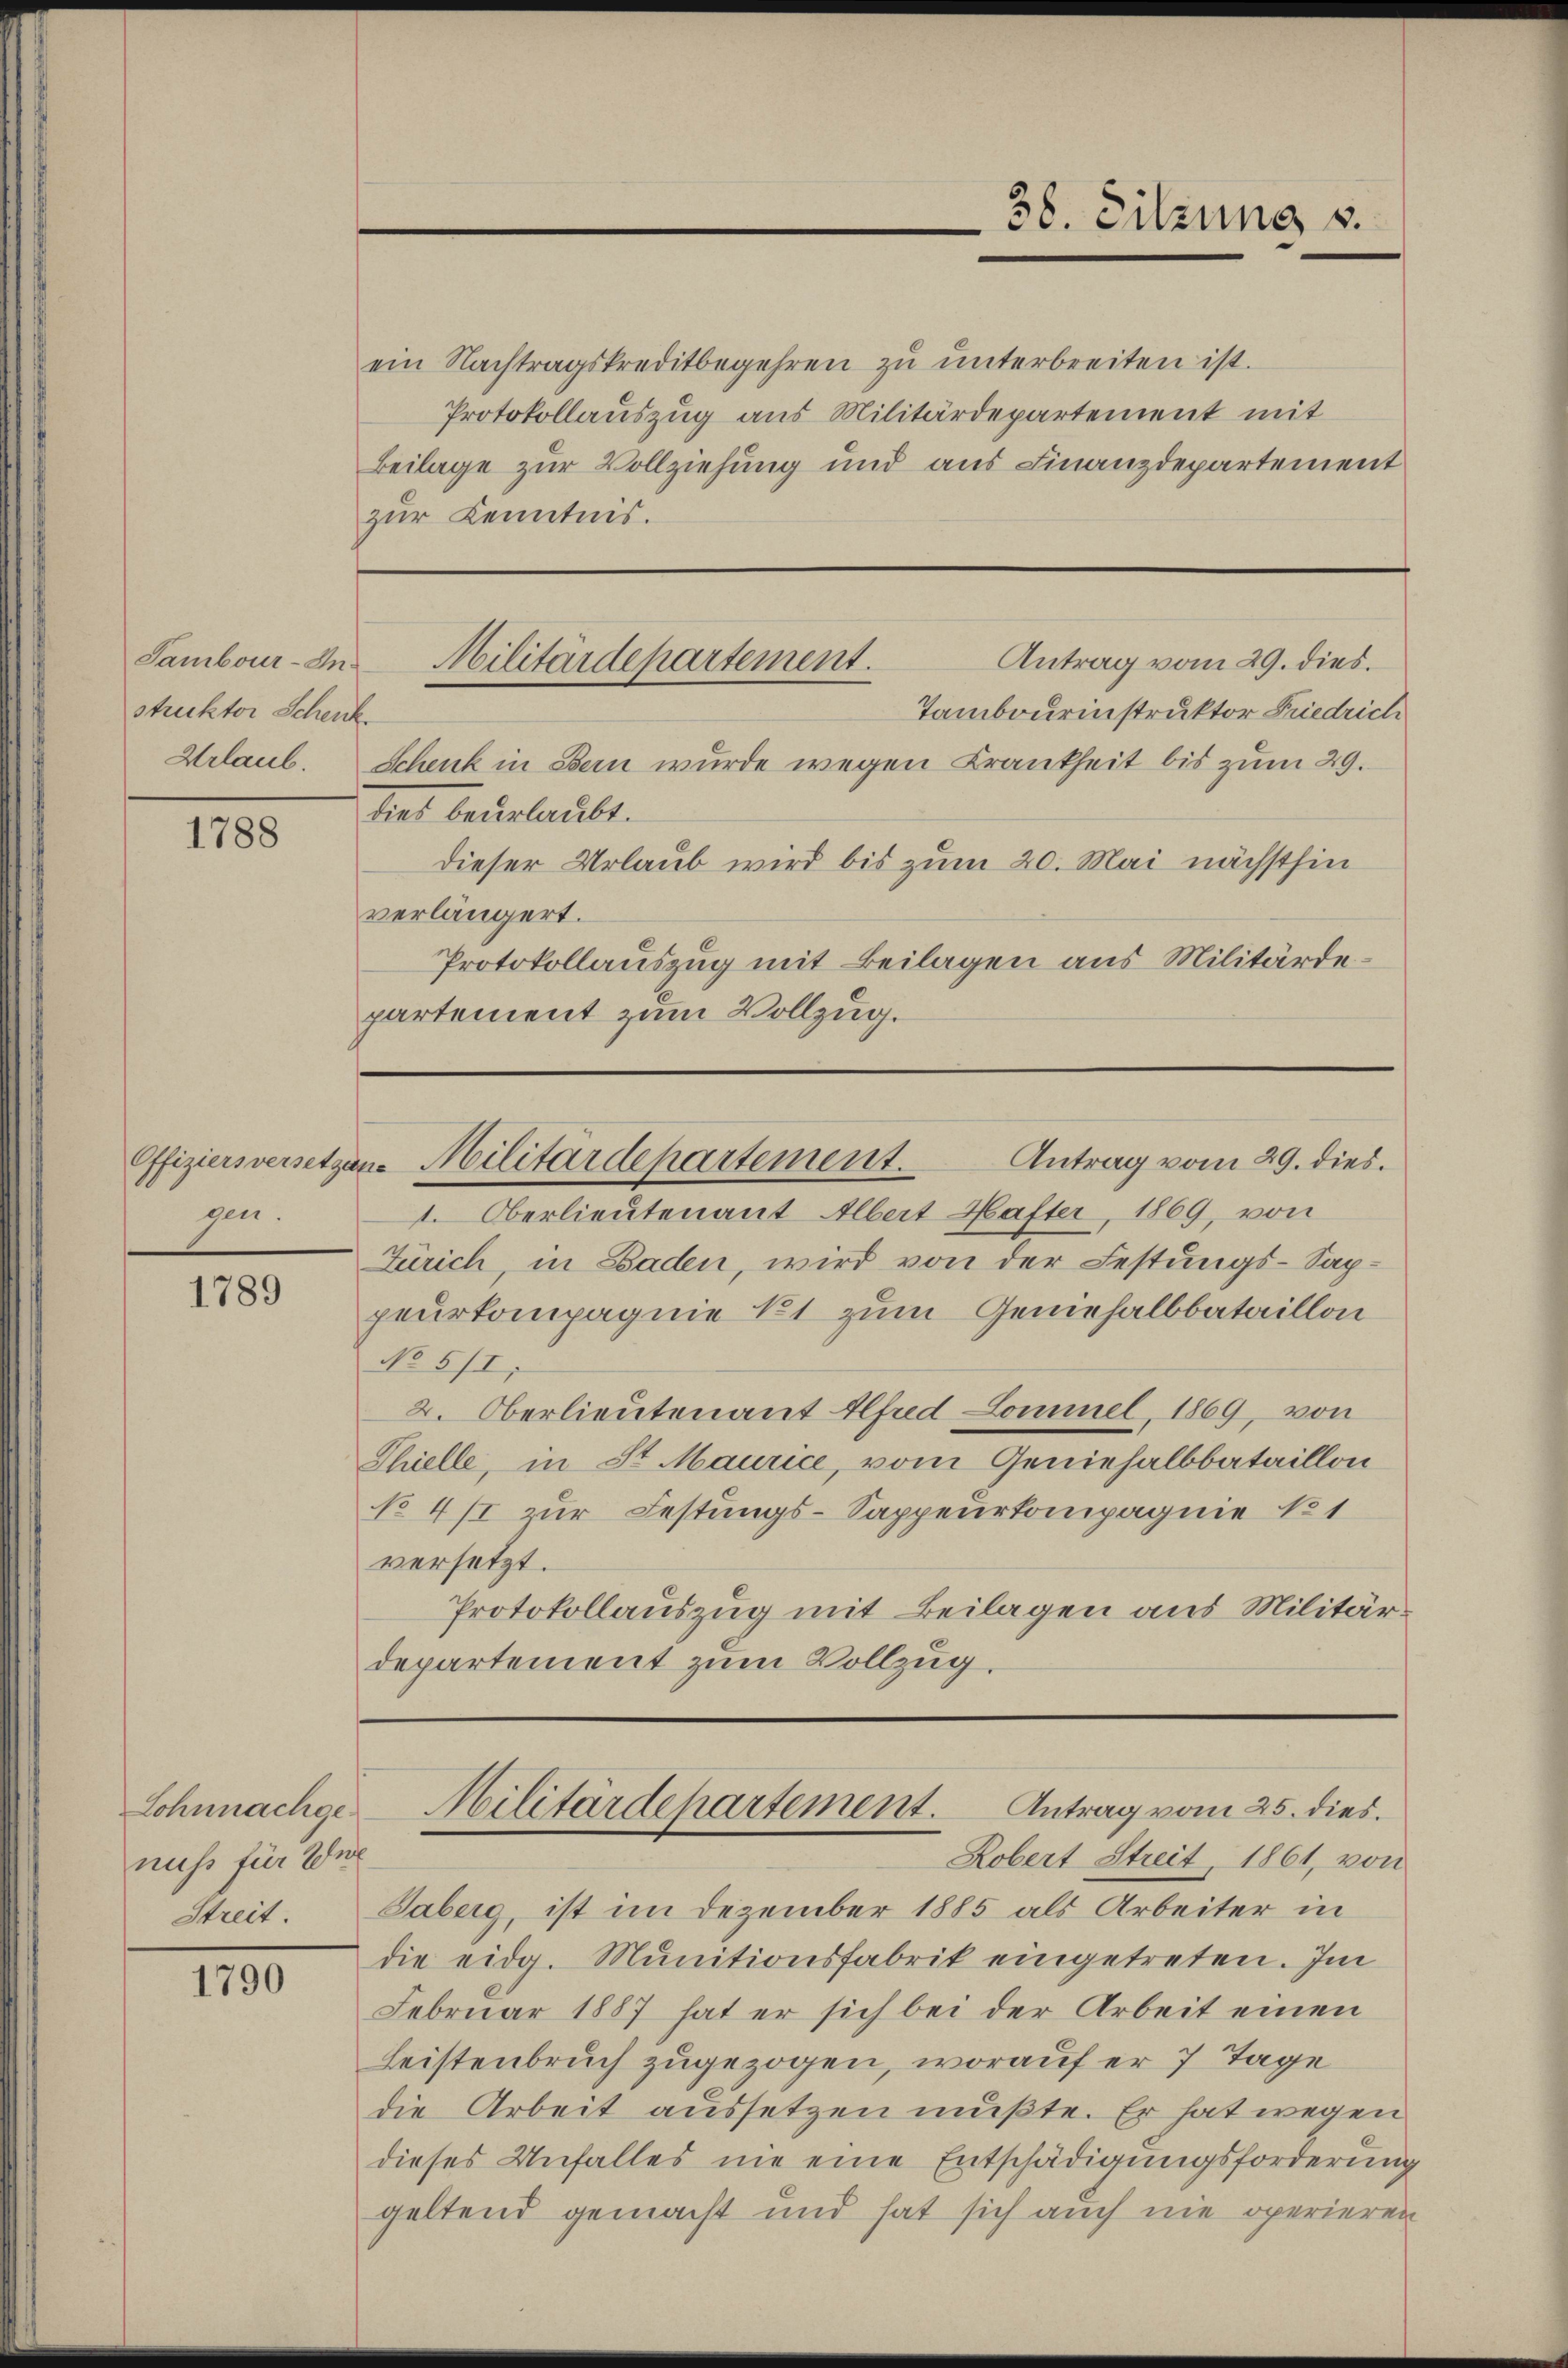
Sambour-Instruktor Schenk
Urlaub.

1788

den.

1789

Lohnnachge
nuss für Wer
Streit.

1790

ein Nachtragskreditbegehren zu unterbreiten ist.
Protokollauszug aus Militärdepartement mit
Beilage zur Vollziehung und aus Finanzdepartement
zur Kenntnis.

Tambourinstruktor Friedrich
Schenk in Bern wurde wegen Krankheit bis zum 29.
dies beurlaubt.
dieser Urlaub wird bis zum 20. Mai nächsthin
verlängert.
Protokollauszug mit Beilagen aus Militärdepartement zum Vollzug.

1. Oberlieutenant Albert Hafter, 1869, von
Zürich, in Baden, wird von der Festungs-Sappeurkompagnie 11 zum Gemehalbbataillon
No 5/1.
2. Oberlieutenant Alfred Lommel, 1869, von
Thielle, in St. Maurice, vom Geniehalbbataillon
No 471 zur Festungs-Sappeurkompagnie No 1
versetzt.
Protokollauszug mit Beilagen aus Militärdepartement zum Vollzug.

Saberg, ist im Dezember 1885 als Arbeiter in
die eidg. Munitionsfabrik eingetreten. Im
Februar 1887 hat er sich bei der Arbeit einen
Leistenbruch zugezogen, worauf er 7 Tage
die Arbeit aussetzen mußte. Er hat wegen
dieses Unfalles nie eine Entschädigungsforderung
geltend gemacht und hat sich auch nie operieren

38. Sitzung u.

Antrag vom 29. dies.
Militärdepartement.

Antrag vom 29. dies.
Offiziersversetzen Militärdepartement.

Militärdepartement. Antrag vom 25. dies
Robert Streit, 1861, von